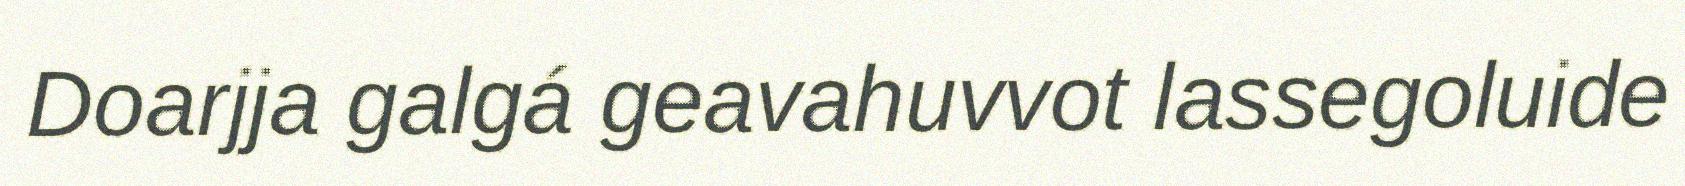
Doarjja galgá geavahuvvot lassegoluide